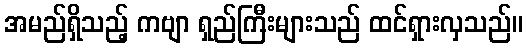
အမည်ရှိသည့် ကဗျာ ရှည်ကြီးများသည် ထင်ရှားလှသည်။